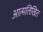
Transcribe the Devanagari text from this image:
आत्मलिखित